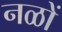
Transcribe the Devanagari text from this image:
नळों